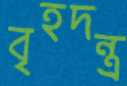
বৃহদন্ত্র